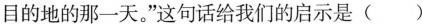
目的地的那一天。”这句话给我们的启示是()